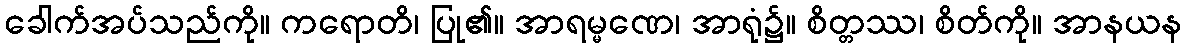
ခေါက်အပ်သည်ကို။ ကရောတိ၊ ပြု၏။ အာရမ္မဏေ၊ အာရုံ၌။ စိတ္တဿ၊ စိတ်ကို။ အာနယန